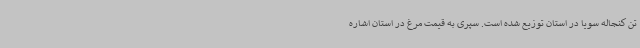
تن کنجاله سویا در استان توزیع شده است. سپری به قیمت مرغ در استان اشاره